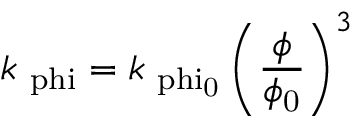
k _ { \mathrm { \ p h i } } = k _ { \mathrm { \ p h i _ { \mathrm { 0 } } } } \left( \frac { \phi } { \phi _ { \mathrm { 0 } } } \right) ^ { 3 } \,